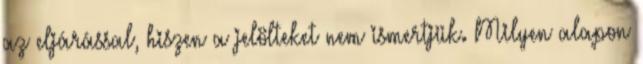
az eljárással, hiszen a jelölteket nem ismertjük. Milyen alapon